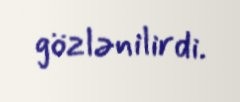
gözlənilirdi.